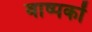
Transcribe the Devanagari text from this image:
वाष्पकों